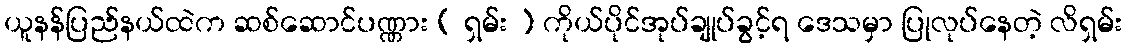
ယူနန်ပြည်နယ်ထဲက ဆစ်ဆောင်ပဏ္ဏား ( ရှမ်း ) ကိုယ်ပိုင်အုပ်ချုပ်ခွင့်ရ ဒေသမှာ ပြုလုပ်နေတဲ့ လိရှမ်း